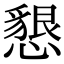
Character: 懇